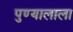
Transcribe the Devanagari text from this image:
पुण्यालाला